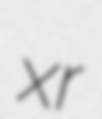
xr